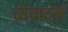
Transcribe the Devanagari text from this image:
च्येचाटलं